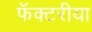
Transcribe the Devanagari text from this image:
फॅक्टरीया